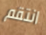
انتقم